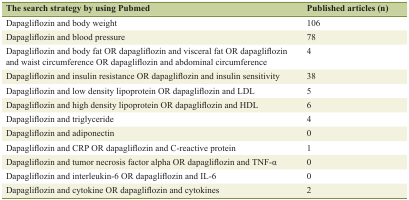
| The search strategy by using Pubmed | Published articles (n) |
 | --- | --- |
 | Dapagliflozin and body weight | 106 |
 | Dapagliflozin and blood pressure | 78 |
 | Dapagliflozin and body fat OR dapagliflozin and visceral fat OR dapagliflozin and waist circumference OR dapagliflozin and abdominal circumference | 4 |
 | Dapagliflozin and insulin resistance OR dapagliflozin and insulin sensitivity | 38 |
 | Dapagliflozin and low density lipoprotein OR dapagliflozin and LDL | 5 |
 | Dapagliflozin and high density lipoprotein OR dapagliflozin and HDL | 6 |
 | Dapagliflozin and triglyceride | 4 |
 | Dapagliflozin and adiponectin | 0 |
 | Dapagliflozin and CRP OR dapagliflozin and C-reactive protein | 1 |
 | Dapagliflozin and tumor necrosis factor alpha OR dapagliflozin and TNF-α | 0 |
 | Dapagliflozin and interleukin-6 OR dapagliflozin and IL-6 | 0 |
 | Dapagliflozin and cytokine OR dapagliflozin and cytokines | 2 |